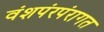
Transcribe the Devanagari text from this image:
वंशपंरपंरागत